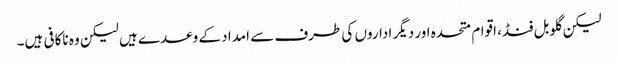
لیکن گلوبل فنڈ، اقوام متحدہ اور دیگر اداروں کی طرف سے امداد کے وعدے ہیں لیکن وہ ناکافی ہیں۔